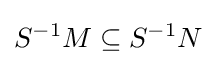
S^{-1}M\subseteq S^{-1}N